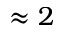
\approx 2